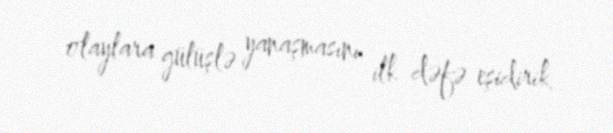
olaylara gülüşlə yanaşmasını ilk dəfə eşidirik.